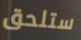
ستلحق